Vital statistics of India. Vol. VI, European troops 1870-79
Year: 1870
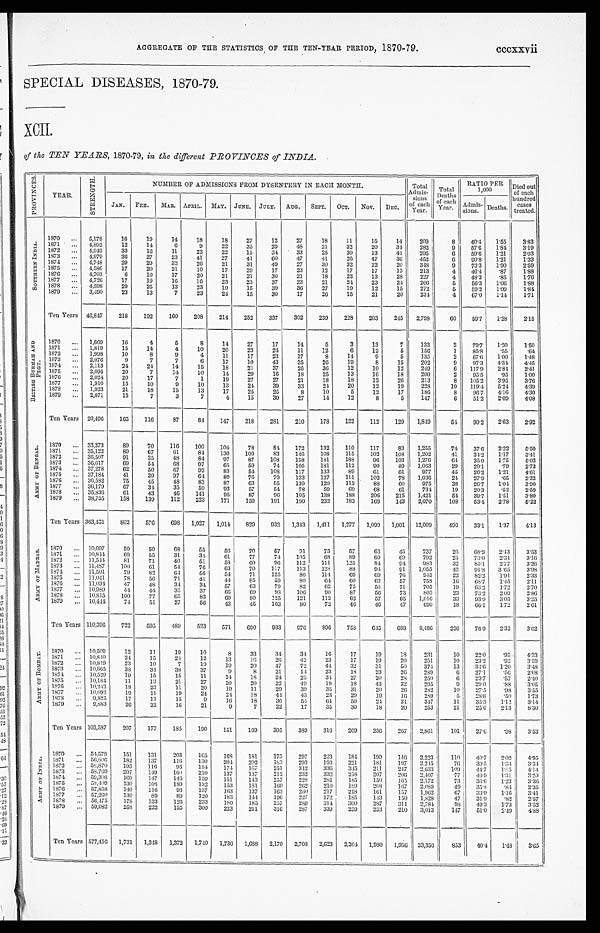
AGGREGATE OF THE STATISTICS, OF THE TEN-YEAR PERIOD, 1870-79. cccxxvii
SPECIAL DISEASES, 1870-79.
XCII.
of the TEN YEARS, 1870-79, in the different PROVINCES of INDIA.
P R O V I N C E S .
YEAR.
S T R E N G T H .
NUMBER OF ADMISSIONS FROM DYSENTERY IN EACH MONTH.
Total
Admis-
sions
o f
e a c h
Y e a r .
Total
D e a t h s
each
Year.
RATIO PER
1,000
D i e d o u t
o f e a c h
hundred
c a s e s
treated.
JAN.FEB. MAR.
A P R I L .
MAY. JUNE. JULY. AUG. SEPT. OCT. NOV. DEC.
Admis-
sions.
D e a t h s .
S O U R T H E R N I N D I A .
1870 ... 5,178
16
19
14
18
18
27
12
27
1 8 11
15
14
209
8
40. 4
1. 55
3 . 8 3
1871 ... 4,892
12
14
6
9
22
35
29
4 8
21
32
20
34 282
9
57. 6
1. 84
3 . 1 9
1872 ... 4,949
33
16
11
22
22
15
3 4
33
25
30
13
41
2 9 5
6 59. 6
1.21
2 . 0 3
1873 ... 4,979
36
27
23
41
27
41
60
47
41
2 6
47
36
452
6 90. 8
1 . 2 1
1.33
1874 ... 4,748
29
29
32
2 6
21
31
49
27
30
32
22
20
3 4 8
9
73. 3
1 . 9 0
2 . 5 9
1875 ... 4,586
17
20
21
10
17
29
17
23
12
17
17
13
213
4 46. 4
.87
1 . 8 8
1876 ... 4,703
6
10
17
20
21
21
30
21
1 8 22
13
28
227
4 48. 3
.85 1.76
1877 ... 4,726
17
19
16
16
23
23
37
23
21
24
23
24 266
5
56. 3
1.06 1.88
1878 ... 4,598
29
25
13
23
19
15
3 9
36
27
19
12
15
272
5 59. 2
1.09
1 . 8 4
1879 ... 3,490
23
13
7
23
24
15
30
17
26
15
21
20
2 3 4
4 67. 0
1. 14
1.71
Ten Years 46,847 218
192
160
208
214
252 337
302
239
228
203
245 2,798
60
59. 7
1.28
2 . 1 5
B R I T I S H B U R M A H A N D P E G U .
1870 ... 1,669
16
4
5
8
14
27
17
14
5
3
13
7
133
2
79.7 1.20 1.50
1871 ... 1,819
15
14
4
10
20
23
24
11
12
6
12
5
156
1
85.8
.55
. 6 4
1872 ... 1,998
10
8
9
4
11
17
23
17
8
14
9
5
135
2
67.6 1.00 1.48
1873 ... 2,076
9
7
7
6
17
10
43
35
26
19
8
15
202
9
97.3
4.34
4 . 4 5
1874
. . . 2,113
24
24
14
15
18
21
37
26
36
12
10
12
249
6 117.9
2.84
2 . 4 1
1875
. . . 2,095
20
7
14
10
14
29
16
18
25
13
16
18
200
2 95.5
.95 1.00
1876 ... 2,024
20
17
7
1
19
27
27
21
18
18
12
26
213
8 105.2
3.95
3 . 7 6
1877 ... 1,910
15
10
9
10
13
24
39
33
24
20
12
19
228
10 119.4
5.24
4 . 3 9
1878 ... 1,923
21
18
15
13
17
25
25
8
10
5
12
17
186
8
96.7
4.16
4 . 3 0
1879 ... 2,871
15
7
3
7
4
15
30
27
14
12
8
5
147
6
51.2
2.09
4 . 0 8
Ten Years 20,496 165
116
87
84
147
218
281
210
178
122
112
129 1,849
54
90.2
2.63
2 . 9 2
A R M Y O F B E N G A L . 1870 ... 33,373
8 9 70
116
100
104
78
84
172
132
110
117
83 1,255
74
37.6
2.22
5 . 5 0
1871 ... 35,122
89
67
6 1 84
130
109
83
146
108
115
102
108 1,202
41
34.2 1.17
3 . 4 1
1872 ... 36,507
91
35
48
84
97
87
108
158
181
188
96
103 1,276
6 4
35.0
1.75
5 . 0 2
1873
. . . 36,617
69
54
68
97
65
59
74
105
181
112
90
89 1,063
29
29.1
.79
2 . 7 3
1874
. . . 37,278
62
50
67
92
8.3
54
108
117
133
89
61
6 1 977
45
26.2 1.21
4 . 6 1
1875
. . . 37,184
41
39
97
64
89
76
79
133
127
111
102
78 1,036
24
27.9
.65
2 . 3 2
1876 ... 36,582
75
45
48
83
87
63
55
139
120
112
88
60
975
38
26.7
1.04
3 . 9 0
1877
. . . 36,179
67
34
35
59
93
57
54
78
59
69
68
61
734
19
20.3
.52
2 . 5 9
1878 ... 35,836
61
43
46
141
9 5 87
96
105
138
188
206
215 1,421
54 39.7
1.51
3 . 8 0
1879 ... 38,755
158
139
112
223
171
159
191
190 232
183
169
143 2,070
108
53.4 2.78
6 . 2 2
Ten Years 363,431
8 0 2 576
698 1,027 1,014 829
932 1,343 1,411 1,277 1,099 1,001 12,009
496
33.1
1.37
4 . 1 3
A R M Y O F M A D R A S . 1870 ... 10,697
50
50
68
55
56
70
57
91
75
57
63
45
737
26
68.9
2.43
3. 53
1871 ... 10,844
69
55
31
34
61
77
74
105
6 8 89
6 0 69
792
25
73.0 2.31
3. 16
1872
. . . 11,544
81
71
40
51
58
6 0
96
112
111
125
84
9 4 983 32
85.1 2.77
3. 26
1873 ... 11,487
100
61
54
76
63
70
117
113
128
88
94
9 1 1,055
42
91.8 3.65
3. 98
1874 ... 11,501
79
82
64
56
54
71
125
86
114
69
69
76
945
22
82.2
1.91
2. 33
1875 ... 11,041
78
56
71
41
44
85
59
80
64
60
6 3 57
758
16 68.7 1.45
2 . 1 1
1876 ... 11,03
4
47
48
34
34
57
63
79
82
62
75
53
71
705
19
63.2 1.72
2. 70
1877 ... 10,989
44
44
35
37
66
69
98 106
90
87
56
73
805
23
73.2 2.09
2. 86
1878
. . . 10,815
100
77
65
83
69
80
125
121
112
62
57
65 1,016
33
93.9 3.05
3. 25
1879 ... 10,444
74
51
27
56
43
45
103
80
72
46
46
47
690
18
66.1 1.72
2. 61
Ten Years 110,396
722
595
489 523
571
6 9 0 933
976
896 758 645
688 8,486 256
76.9 2.32
3. 02
A R M Y O F B O M B A Y . 1870 ... 10,509
12
11
19
10
8
33
34
34
16
17
19
1 8 231
10
22.0 .95
4. 33
1871 ... 10,840
24
15
24
12
13
16
26
42
23
17
19
20
251
10 23.2 .92
3. 59
1872 ... 10,819
23
10
7
19
19
20
47
72
44
32
31
50
374
13
34.6 1.20 3. 48
1873 ... 10,665
38
34
38
37
9
8
21
14
23
18
23
26 289
6 27.1
.56
2. 08
1874 ... 10,529
19
15
15
11
14
18
24
25
34
27
20
28
250
6
23.7 .57
2. 40
1875
10,181
11
12
21
27
20
20
22
49
19
18
43
32
295
9
29.0 .83
3. 05
1876
. . . 10,242
18
23
11
20
19
11
29
39
35
31
20
26
282
10
27.5 .98
3. 55
1877
. . . 10,092
19
11
19
24
24
18
44
43
23
29
19
16 289
5
28.6 .50 1.73
1878 ... 9,825
17
13
15
9
1 6
18
36
54
6 4 50
24
31
347
11
35.3 1.12 3. 14
1879 ... 9,883
26
32
16
21
9
7
22
17
35
30
18
20
253
21
25.6 2.13 8. 30
Ten Years 103,587
207
177
185
190
151
169
305
389
316 269 236
267 2,861
101
27.6 .98
3. 53
A R M Y O F I N D I A .
1870 ... 54,578
151
131
203
165
168
181
175
297
223
184 199 146 2,223
110
40.7 2.02 4.95
1871 ... 56,806 182
137
116
130
204 202
183
293
199
221
1 8 1
1 9 7 2,245
76 39.5 1.34 3. 34
1872 ... 53,870
195 116
95 154 174 167
251
342 336 345 211
247 2,633
109
44.7 1.85 4.14
1873 ... 58,769 207
149
160 210
137
137
212
232
332 218
207
206 2,407
77
40.0 1.31
3. 20
1874
. . . 59,308 160
147
146 159
151
143
257
228
281
185
150
165 2,172
73
36.6 1.23 3.36
1875 ... 58,409 130
108
189 132 153
181
160
262 210 189
208 167 2,089
49 35.8
. 8 4 2. 35
1876 ... 57,858 140
116
93
137
163
137
163
260 217
218
161
157 1,962
67
33.9 1.16 3. 41
1877 ... 57,260 130
89
89
120
183
144 196
227
172
185
143
150 1,828
47
31.9 .82
2. 57
1 8 7 8 ... 56,475
178
133
126 233
180
185
257
280
3 1 4 300
287 311 2,784
98
49.3 1.73 3.52
1879 ... 59,082
258 222
155
300
223
211
316
287
339
259
233
210 3,013
147
51.0 2.40 4.88
Ten Years 577,416 1,731 1,348 1,372 1,740 1,736 1,688 2,170 2,708 2,623 2,304 1,980 1,956 23,356
853
40.4 1.48 3.65